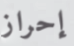
إحراز